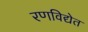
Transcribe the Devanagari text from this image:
रणविद्येत